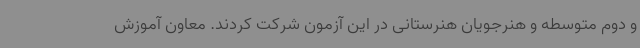
و دوم متوسطه و هنرجویان هنرستانی در این آزمون شرکت کردند. معاون آموزش